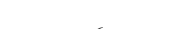
٤٤